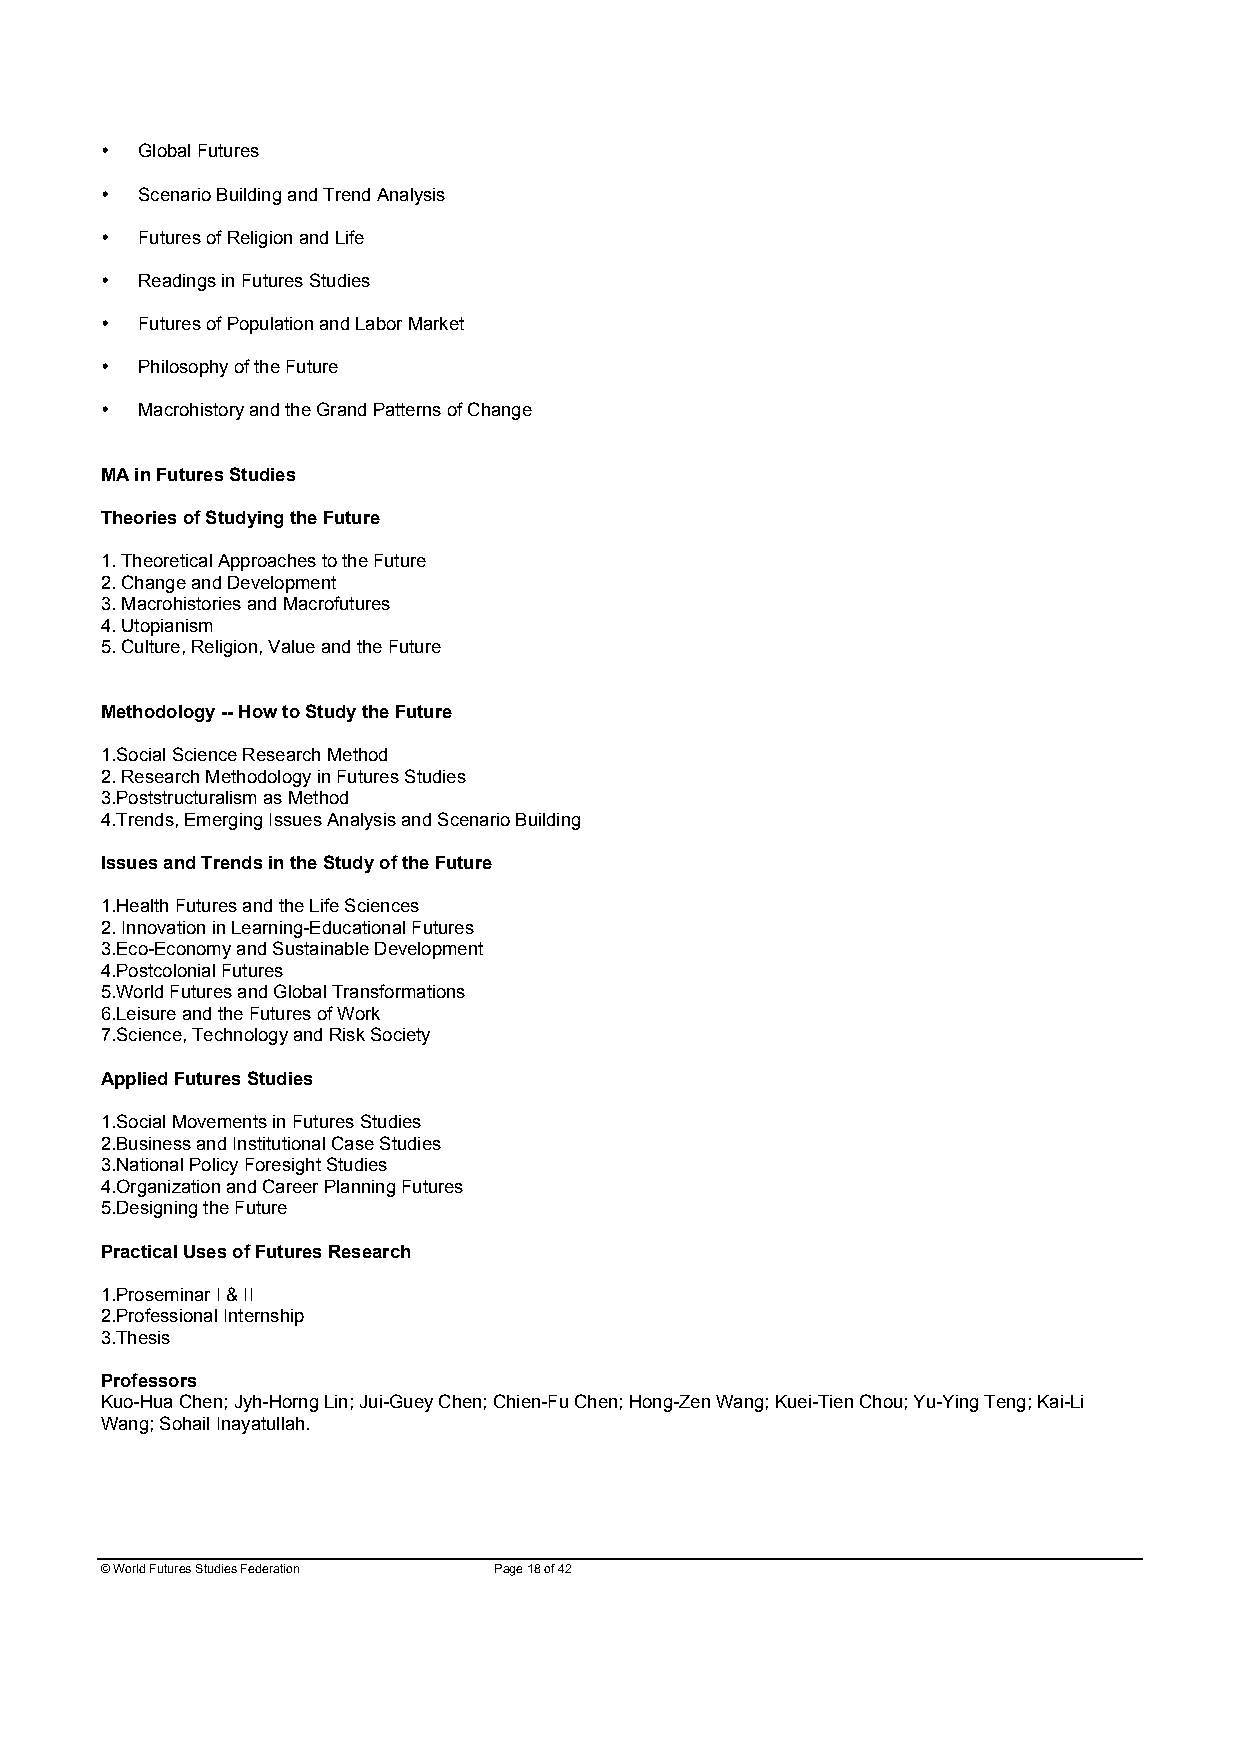
• Global Futures
 • Scenario Building and Trend Analysis
 • Futures of Religion and Life
 • Readings in Futures Studies
 • Futures of Population and Labor Market
 • Philosophy of the Future
 • Macrohistory and the Grand Patterns of Change
 MA in Futures Studies
 Theories of Studying the Future
 1. Theoretical Approaches to the Future
 2. Change and Development
 3. Macrohistories and Macrofutures
 4. Utopianism
 5. Culture, Religion, Value and the Future
 Methodology -- How to Study the Future
 1.Social Science Research Method
 2. Research Methodology in Futures Studies
 3.Poststructuralism as Method
 4.Trends, Emerging Issues Analysis and Scenario Building
 Issues and Trends in the Study of the Future
 1.Health Futures and the Life Sciences
 2. Innovation in Learning-Educational Futures
 3.Eco-Economy and Sustainable Development
 4.Postcolonial Futures
 5.World Futures and Global Transformations
 6.Leisure and the Futures of Work
 7.Science, Technology and Risk Society
 Applied Futures Studies
 1.Social Movements in Futures Studies
 2.Business and Institutional Case Studies
 3.National Policy Foresight Studies
 4.Organization and Career Planning Futures
 5.Designing the Future
 Practical Uses of Futures Research
 1.Proseminar I & II
 2.Professional Internship
 3.Thesis
 Professors
 Kuo-Hua Chen; Jyh-Horng Lin; Jui-Guey Chen; Chien-Fu Chen; Hong-Zen Wang; Kuei-Tien Chou; Yu-Ying Teng; Kai-Li
 Wang; Sohail Inayatullah.
 © World Futures Studies Federation Page 18 of 42